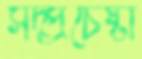
সদ্প্রচেষ্টা